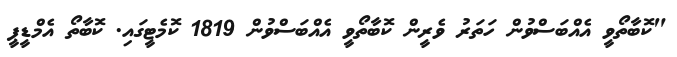
"ކޮބާތޯވީ އެއްބަސްވުން ހަތަރު ވެރީން ކޮބާތޯވީ އެއްބަސްވުން 1819 ކޮމެޓީގައި. ކޮބާތޯ އެމްޑީޕީ